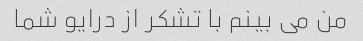
من می بینم با تشکر از درایو شما